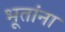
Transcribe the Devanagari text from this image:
भूतांना